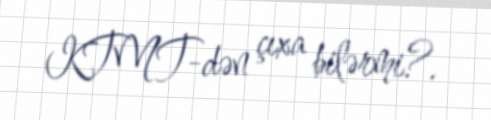
KTMT-dən çıxa bilərmi?.